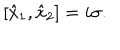
[ \hat { x } _ { 1 } , \hat { x } _ { 2 } ] = i \sigma .